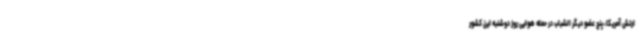
ارتش آمریکا، پنج عضو دیگر الشباب در حمله هوایی روز دوشنبه این کشور